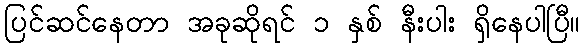
ပြင်ဆင်နေတာ အခုဆိုရင် ၁ နှစ် နီးပါး ရှိနေပါပြီ။